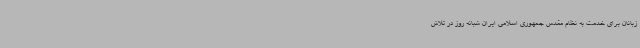
زبانان برای خدمت به نظام مقدس جمهوری اسلامی ایران شبانه روز در تلاش